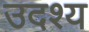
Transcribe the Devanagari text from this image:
उदश्य